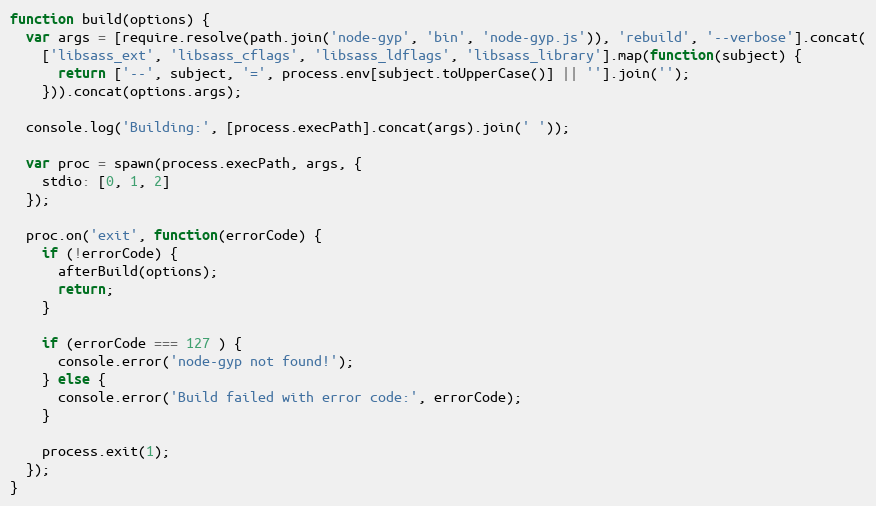
Language: JavaScript
function build(options) {
  var args = [require.resolve(path.join('node-gyp', 'bin', 'node-gyp.js')), 'rebuild', '--verbose'].concat(
    ['libsass_ext', 'libsass_cflags', 'libsass_ldflags', 'libsass_library'].map(function(subject) {
      return ['--', subject, '=', process.env[subject.toUpperCase()] || ''].join('');
    })).concat(options.args);

  console.log('Building:', [process.execPath].concat(args).join(' '));

  var proc = spawn(process.execPath, args, {
    stdio: [0, 1, 2]
  });

  proc.on('exit', function(errorCode) {
    if (!errorCode) {
      afterBuild(options);
      return;
    }

    if (errorCode === 127 ) {
      console.error('node-gyp not found!');
    } else {
      console.error('Build failed with error code:', errorCode);
    }

    process.exit(1);
  });
}